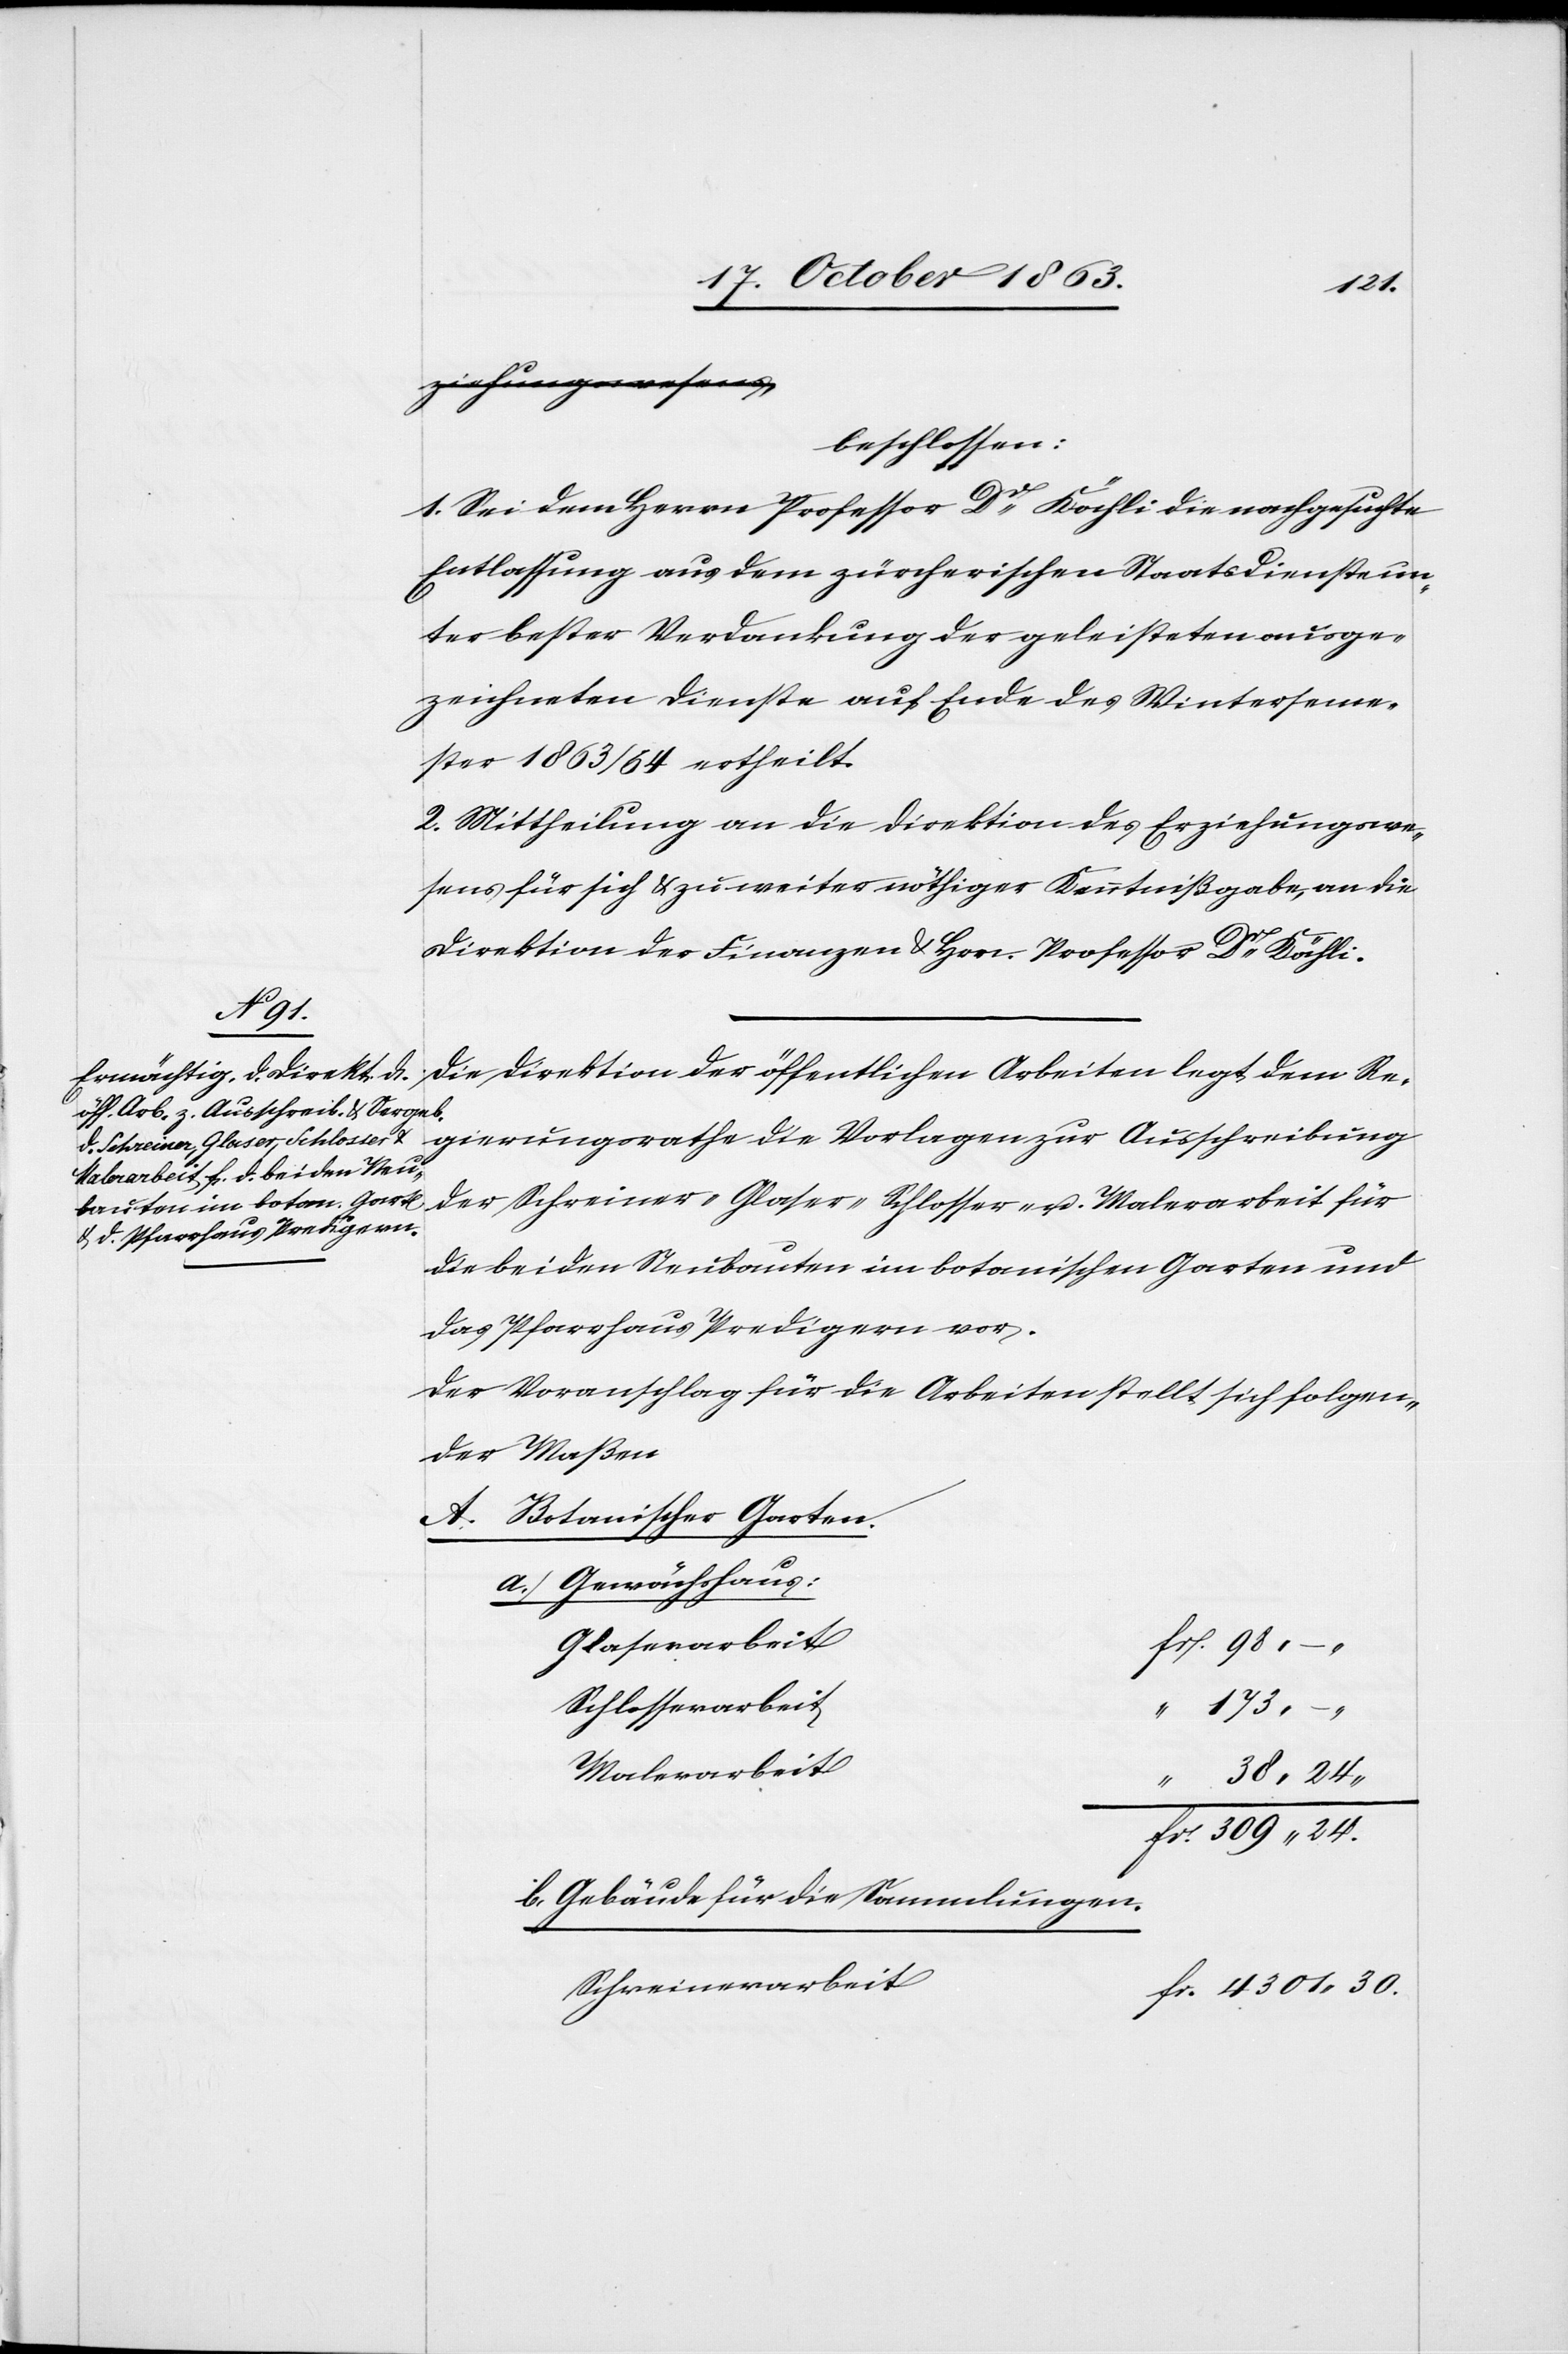
beschlossen:
1. Sei dem Herrn Professor Dr Kähli die nachgesuchte
Entlassung aus dem zürcherischen Staatsdienste un¬
ter bester Verdankung der geleisteten ausge¬
zeichneten Dienste auf Ende des Winterseme¬
ster 1863/64 ertheilt.
2. Mittheilung an die Direktion des Erziehungswe¬
sens für sich & zu weiter nöthiger Kenntnißgabe, an die
Direktion der Finanzen & Hrn. Professor Dr Kähli.
30.
Die Direktion der öffentlichen Arbeiten legt dem Re¬
gierungsrathe die Vorlagen zur Ausschreibung
der Schreiber-[,] Glaser-[,] Schlosser- u. Malerarbeit für
die beiden Neubauten im botanischen Garten und
das Pfarrhaus Predigern vor.
Der Voranschlag für die Arbeiten stellt sich folgen¬
der Maßen
A. Botanischer Garten.
a. Gewächshaus:
Glaserarbeit
Schlosserarbeit
Malerarbeit
b. Gebäude für die Sammlungen.
Schreinerarbeit